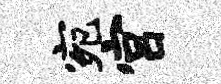
宛宫